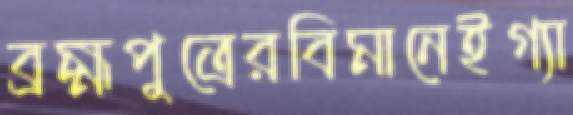
ব্রহ্মপুত্রেরবিমানেইগ্যা